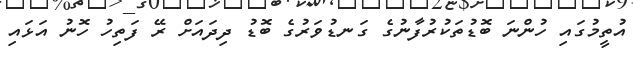
އުތީމުގައި ހުންނަ ބޮޑުތަކުރުފާނުގެ ގަނޑުވަރުގެ ބޮޑު ދިދައަށް ރޭ ފަތިހު ހޮނު އަޅައި